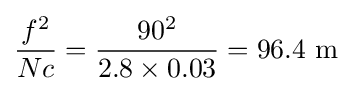
{\frac {f^{2}}{Nc}}={\frac {90^{2}}{2.8\times 0.03}}=96.4{\text{ m}}